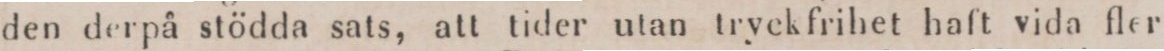
den derpå stödda sats, att tider utan tryckfrihet haft vida fler